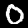
Label: 0